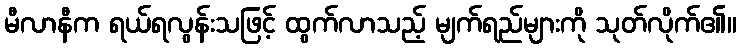
မီလာနီက ရယ်ရလွန်းသဖြင့် ထွက်လာသည့် မျက်ရည်များကို သုတ်လိုက်၏။